Bombay plague: being a history of the progress of plague in the Bombay presidency from September 1896 to June 1899
Year: 1896
Disease focus: Plague
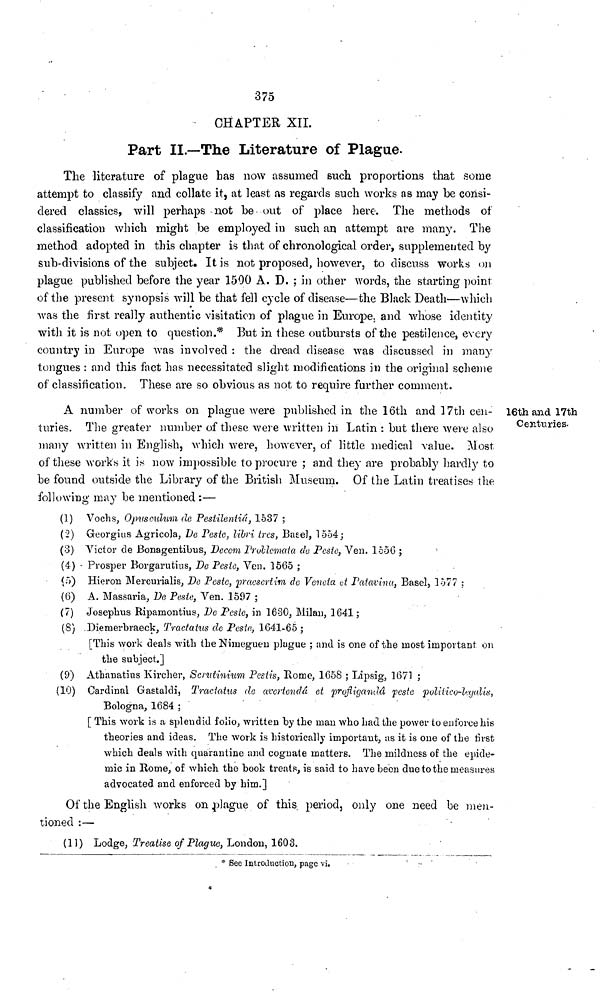
375
CHAPTER XII.
Part II.—The Literature of Plague.
The literature of plague has now assumed such proportions that some
attempt to classify and collate it, at least as regards such works as may be consi-
dered classics, will perhaps not be- out of place here. The methods of
classification which might be employed in such an attempt are many. The
method adopted in this chapter is that of chronological order, supplemented by
sub-divisions of the subject. It is not proposed, however, to discuss works on
plague published before the year 1500 A. D. ; in other words, the starting point
of the present synopsis will be that fell cycle of disease—the Black Death—which
was the first really authentic visitation of plague in Europe, and whose identity
with it is not open to question.* But in these outbursts of the pestilence, every
country in Europe was involved : the dread disease was discussed in many
tongues : and this fact has necessitated slight modifications in the original scheme
of classification. These are so obvious as not to require further comment.
16th and 17th
Centuries.
A number of works 011 plague were published in the 16th and 17th cen-
turies. The greater number of these were written in Latin : but there were also
many written in English, which were, however, of little medical value. Most
of these works it is now impossible to procure ; and they are probably hardly to
be found outside the Library of the British Museum. Of the Latin treatises the
following may be mentioned :—
(1) Vochs, Opusculum do Pestilenliâ, 1537 ;
(2) Georgius Agricola, De Peste, libri tres, Basel, 1554;
(3) Victor de Bonagentibus, Dceom Problemata de Peste, Ven. 1556 ;
(4) - Prosper Borgarutius, De Pesto, Ven. 1565 ;
(5) Hieron Mercurialis, De Pesto, praescrtim de Veneta at Patavina, Basel, 1577 ;
(6) A. Massaria, De Peste, Ven. 1597 ;
(7) Josephus Ripamontius, De Pesle, in 1630, Milan, 1641;
(8) Diemerbraeck, Tractatus de Peste, 1641-65 ;
[This work deals with the Nimegueu plague ; and is one of the most important on
the subject.]
(9) Athanatius Kirclier, Scrutinium Pestis, Rome, 1658 ; Lipsig, 1671 ;
(10) Cardinal Gastaldi, Tractatus de avertondâ et profligandâ peste politico-legalis,
Bologna, 1684 ;
[ This work is a splendid folio, written by the man who had the power to enforce his
theories and ideas. The work is historically important, us it is one of the first
which deals with quarantine and cognate matters. The mildness of the epide-
mic in Rome, of which the book treats, is said to have been due to the measures
advocated and enforced by him.]
Of the English works on plague of this period, only one need be men-
tioned :—
(11) Lodge, Treatise of Plague, London, 1603.
* See Introduction, page vi.